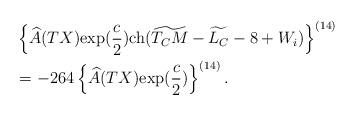
LaTeX: \begin{align*}&\left\{\widehat{A}(TX){\rm exp}(\frac{c}{2}){\rm ch}(\widetilde{T_CM}-\widetilde{L_C}-8+W_i)\right\}^{(14)}\\&=-264\left\{\widehat{A}(TX){\rm exp}(\frac{c}{2})\right\}^{(14)}. \end{align*}